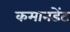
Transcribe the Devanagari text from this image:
कमानडेंट